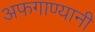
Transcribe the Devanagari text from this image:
अफगाण्यानी